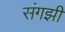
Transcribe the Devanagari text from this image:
संगझी